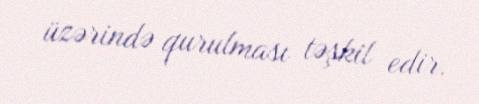
üzərində qurulması təşkil edir.